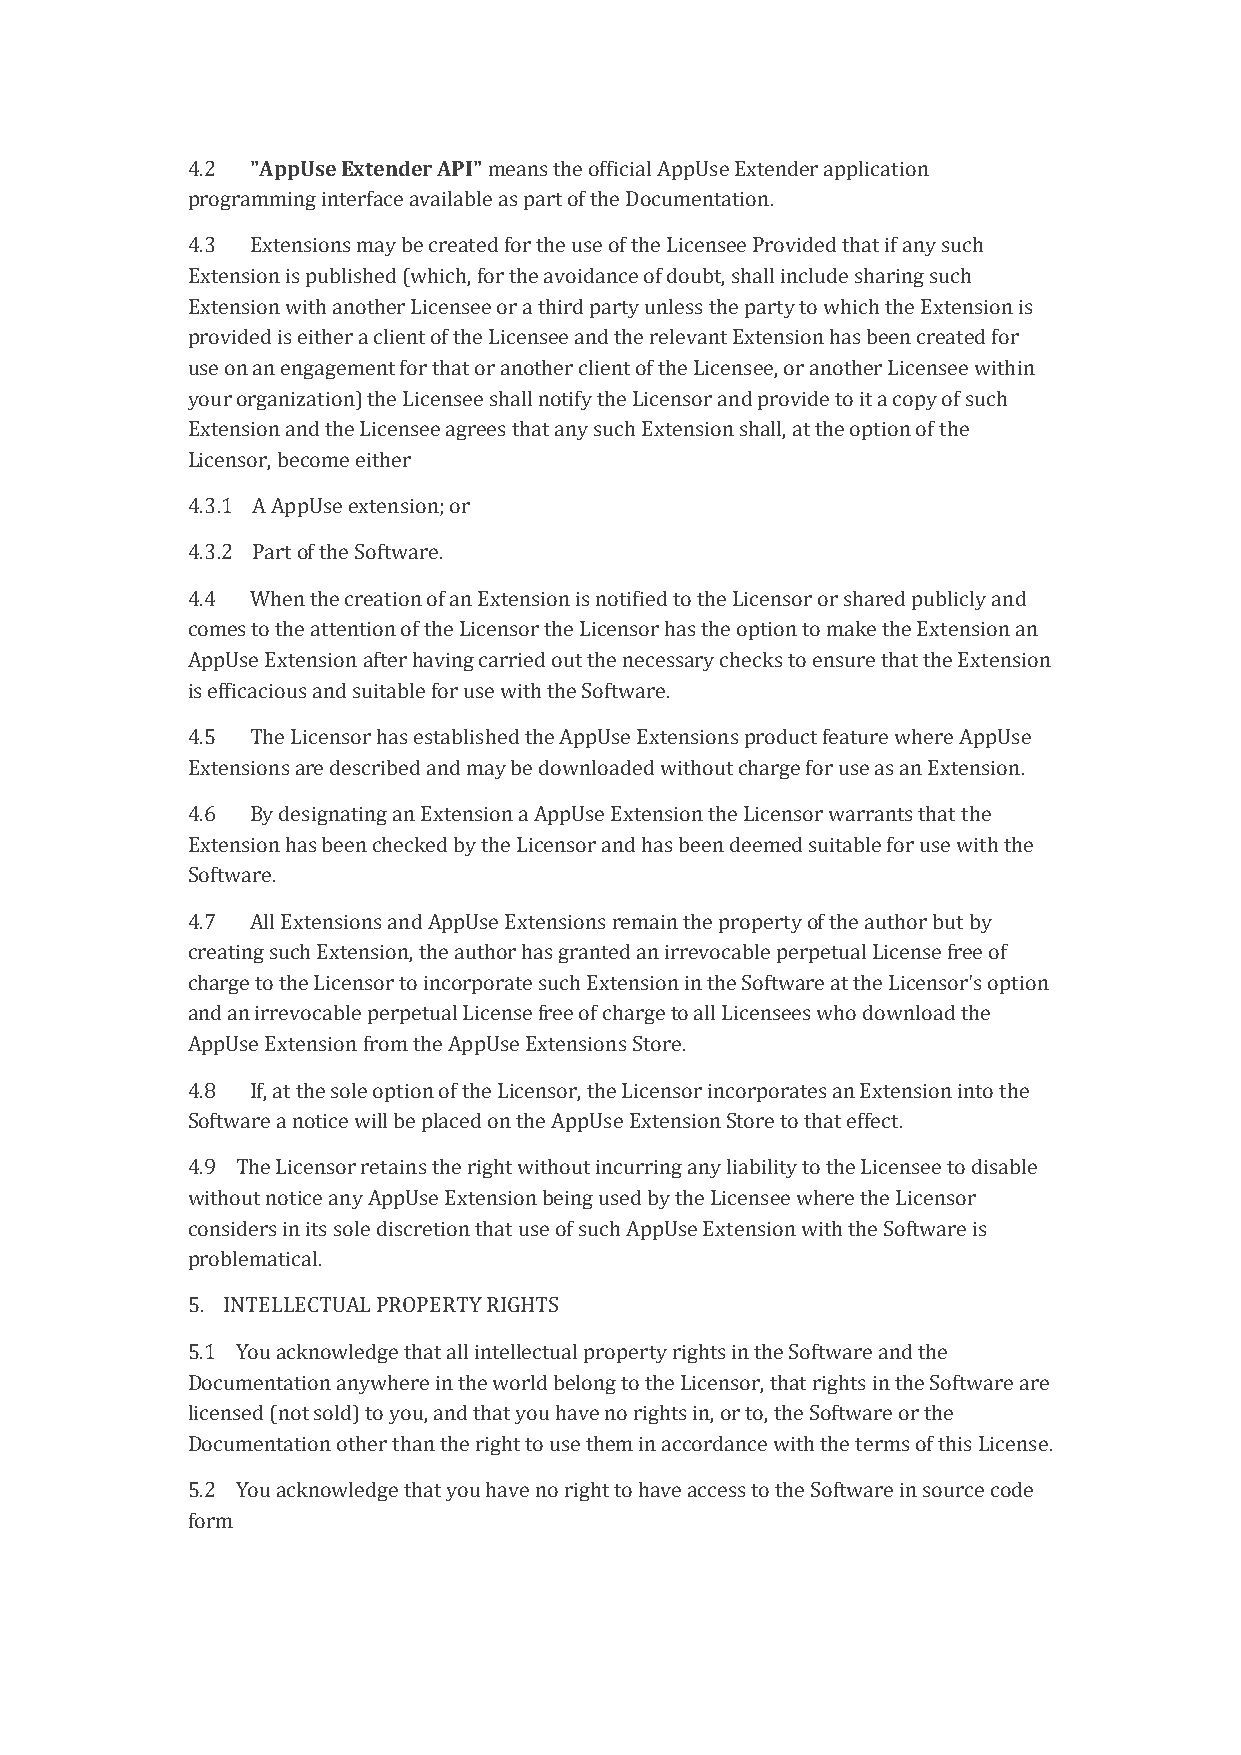
4.2  "AppUse Extender API" means the official AppUse Extender application
 programming interface available as part of the Documentation.
 4.3  Extensions may be created for the use of the Licensee Provided that if any such
 Extension is published (which, for the avoidance of doubt, shall include sharing such
 Extension with another Licensee or a third party unless the party to which the Extension is
 provided is either a client of the Licensee and the relevant Extension has been created for
 use on an engagement for that or another client of the Licensee, or another Licensee within
 your organization) the Licensee shall notify the Licensor and provide to it a copy of such
 Extension and the Licensee agrees that any such Extension shall, at the option of the
 Licensor, become either
 4.3.1 A AppUse extension; or
 4.3.2 Part of the Software.
 4.4  When the creation of an Extension is notified to the Licensor or shared publicly and
 comes to the attention of the Licensor the Licensor has the option to make the Extension an
 AppUse Extension after having carried out the necessary checks to ensure that the Extension
 is efficacious and suitable for use with the Software.
 4.5  The Licensor has established the AppUse Extensions product feature where AppUse
 Extensions are described and may be downloaded without charge for use as an Extension.
 4.6  By designating an Extension a AppUse Extension the Licensor warrants that the
 Extension has been checked by the Licensor and has been deemed suitable for use with the
 Software.
 4.7  All Extensions and AppUse Extensions remain the property of the author but by
 creating such Extension, the author has granted an irrevocable perpetual License free of
 charge to the Licensor to incorporate such Extension in the Software at the Licensor's option
 and an irrevocable perpetual License free of charge to all Licensees who download the
 AppUse Extension from the AppUse Extensions Store.
 4.8  If, at the sole option of the Licensor, the Licensor incorporates an Extension into the
 Software a notice will be placed on the AppUse Extension Store to that effect.
 4.9 The Licensor retains the right without incurring any liability to the Licensee to disable
 without notice any AppUse Extension being used by the Licensee where the Licensor
 considers in its sole discretion that use of such AppUse Extension with the Software is
 problematical.
 5. INTELLECTUAL PROPERTY RIGHTS
 5.1 You acknowledge that all intellectual property rights in the Software and the
 Documentation anywhere in the world belong to the Licensor, that rights in the Software are
 licensed (not sold) to you, and that you have no rights in, or to, the Software or the
 Documentation other than the right to use them in accordance with the terms of this License.
 5.2 You acknowledge that you have no right to have access to the Software in source code
 form